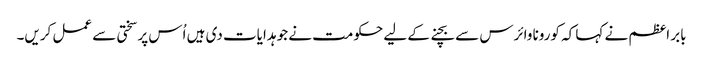
بابر اعظم نے کہا کہ کورونا وائرس سے بچنے کے لیے حکومت نے جو ہدایات دی ہیں اُس پر سختی سے عمل کریں۔